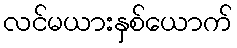
လင်မယားနှစ်ယောက်